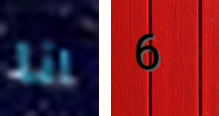
انا 6